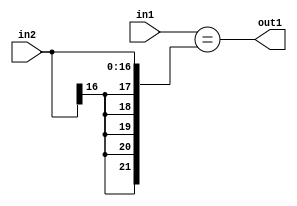
`timescale 1ps / 1ps
/*****************************************************************************
    Verilog RTL Description
    
    
    Created by: Stratus DpOpt 2019.1.01 
*******************************************************************************/

module st_weight_addr_gen_Equal_17Sx16U_1U_4_9 (
	in2,
	in1,
	out1
	); /* architecture "behavioural" */ 
input [16:0] in2;
input [15:0] in1;
output  out1;
wire  asc001;

assign asc001 = (in1=={{5{in2[16]}}, in2});

assign out1 = asc001;
endmodule

/* CADENCE  ubPyTg4= : u9/ySgnWtBlWxVPRXgAZ4Og= ** DO NOT EDIT THIS LINE ******/